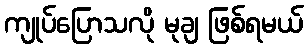
ကျုပ်ပြောသလို မုချ ဖြစ်ရမယ်